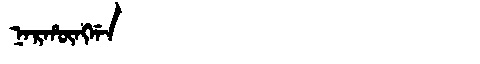
Manchu: ᠨᠠᡵᡥᡡᠩᡤᠠ
Romanization: NARHŪNGGA